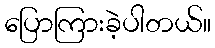
ပြောကြားခဲ့ပါတယ်။